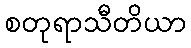
စတုရာသီတိယာ